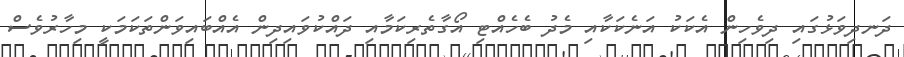
ދަނދިވަޅުގައި ދިވެހިން އެކަކު އަނެކަކާއި މެދު ބެހެއްޓި އޯގާތެރިކަމާއި ދައްކުވައިދިން އެއްބައިވަންތަކަމަކީ މިހާރުވެސް